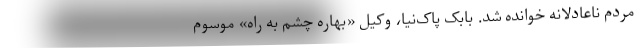
مردم ناعادلانه خوانده شد. بابک پاک‌نیا، وکیل «بهاره چشم به راه» موسوم